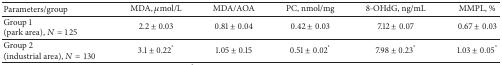
| Parameters/group | MDA, μmol/L | MDA/AOA | PC, nmol/mg | 8-OHdG, ng/mL | MMPL, % |
 | --- | --- | --- | --- | --- | --- |
 | Group 1(park area), N = 125 | 2.2 ± 0.03 | 0.81 ± 0.04 | 0.42 ± 0.03 | 7.12 ± 0.07 | 0.67 ± 0.03 |
 | Group 2(industrial area), N = 130 | 3.1 ± 0.22* | 1.05 ± 0.15 | 0.51 ± 0.02* | 7.98 ± 0.23* | 1.03 ± 0.05* |